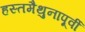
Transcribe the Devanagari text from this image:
हस्तमैथुनापूर्वी